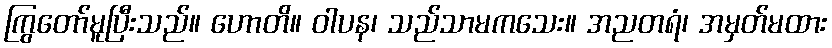
ကြွတော်မူပြီးသည်။ ဟောတိ။ ဝါပန၊ သည်သာမကသေး။ အညတရံ၊ အမှတ်မထား